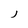
Character: J